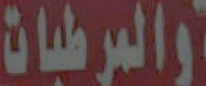
والمرطبات